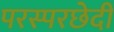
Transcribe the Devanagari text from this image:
परस्परछेदी